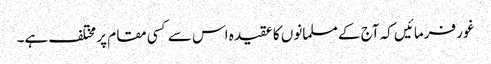
غور فرمائیں کہ آج کے مسلمانوں کا عقیدہ اس سے کسی مقام پر مختلف ہے۔